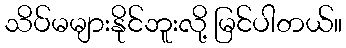
သိပ်မများနိုင်ဘူးလို့ မြင်ပါတယ်။